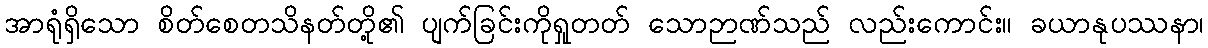
အာရုံရှိသော စိတ်စေတသိနတ်တို့၏ ပျက်ခြင်းကိုရှုတတ် သောဉာဏ်သည် လည်းကောင်း။ ခယာနုပဿနာ၊